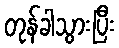
တုန်ခါသွားပြီး